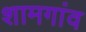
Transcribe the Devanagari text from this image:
शामगांव